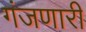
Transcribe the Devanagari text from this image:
गंजणारी